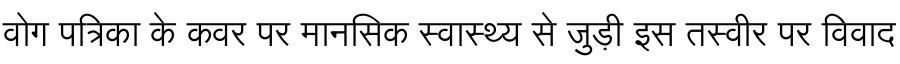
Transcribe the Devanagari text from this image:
वोग पत्रिका के कवर पर मानसिक स्वास्थ्य से जुड़ी इस तस्वीर पर विवाद